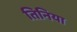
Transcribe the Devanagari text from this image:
तिनिया